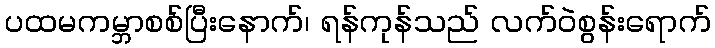
ပထမကမ္ဘာစစ်ပြီးနောက်၊ ရန်ကုန်သည် လက်ဝဲစွန်းရောက်